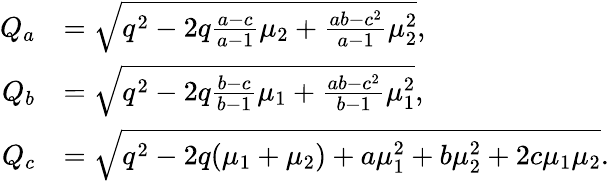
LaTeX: \begin{array}{rl}{Q_{a}}&{=\sqrt{q^{2}-2q\frac{a-c}{a-1}\mu_{2}+\frac{ab-c^{2}}{a-1}\mu_{2}^{2}},}\\ {Q_{b}}&{=\sqrt{q^{2}-2q\frac{b-c}{b-1}\mu_{1}+\frac{ab-c^{2}}{b-1}\mu_{1}^{2}},}\\ {Q_{c}}&{=\sqrt{q^{2}-2q(\mu_{1}+\mu_{2})+a\mu_{1}^{2}+b\mu_{2}^{2}+2c\mu_{1}\mu_{2}}.}\end{array}